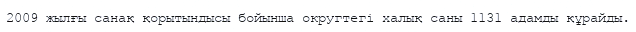
2009 жылғы санақ қорытындысы бойынша округтегі халық саны 1131 адамды құрайды.